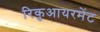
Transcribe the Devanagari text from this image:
रिकुआयरमेंट